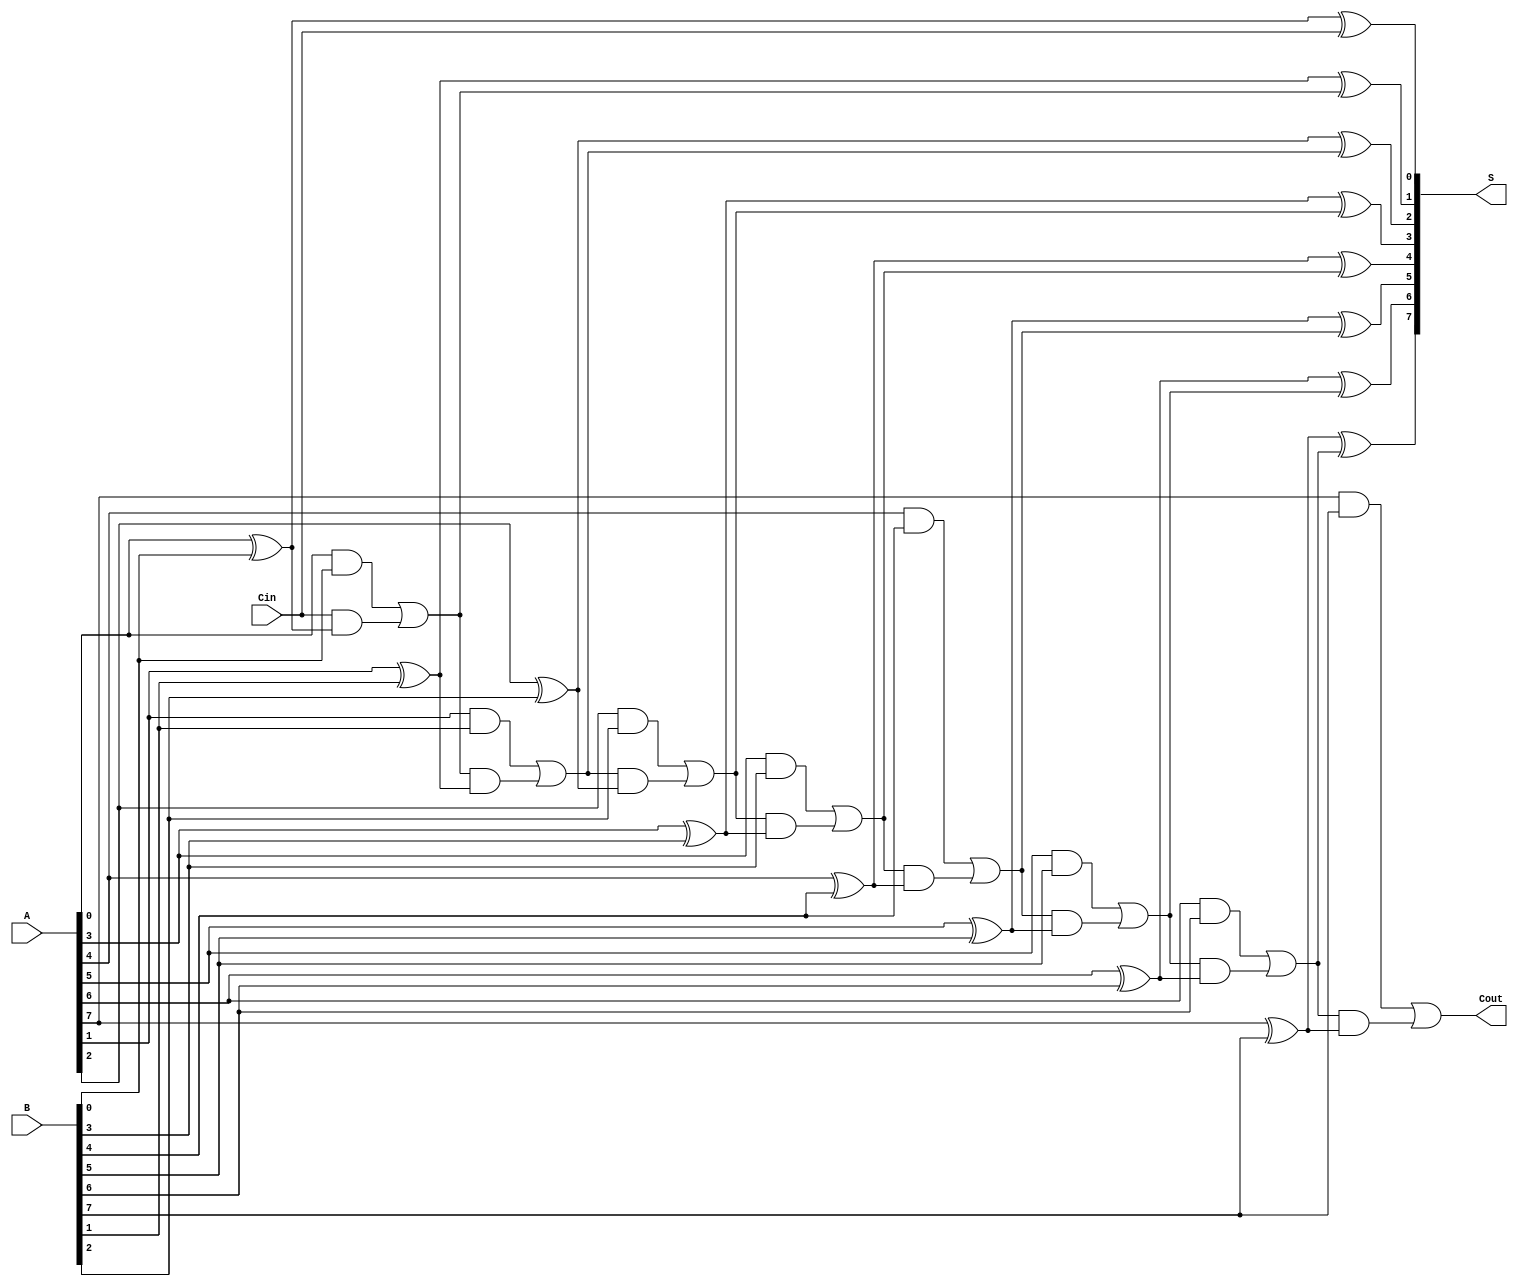
module ManchesterCarryChainAdder #(
    parameter N = 8  // Bit-width of the adder
)(
    input  [N-1:0] A,      // First n-bit input
    input  [N-1:0] B,      // Second n-bit input
    input         Cin,      // Carry-in
    output [N-1:0] S,      // n-bit sum output
    output        Cout      // Carry-out
);

    wire [N:0] carry; // Carry signals, carry[N] is the final carry-out

    // Initial carry-in
    assign carry[0] = Cin;

    // Generate carry signals
    genvar i;
    generate
        for (i = 0; i < N; i = i + 1) begin : carry_gen
            wire a_bit = A[i];
            wire b_bit = B[i];
            wire c_in = carry[i];

            // Carry generation logic
            assign carry[i + 1] = (a_bit & b_bit) | (c_in & (a_bit ^ b_bit));
        end
    endgenerate

    // Sum calculation
    generate
        for (i = 0; i < N; i = i + 1) begin : sum_calc
            wire a_bit = A[i];
            wire b_bit = B[i];
            wire c_in = carry[i];

            // Sum calculation using XOR
            assign S[i] = a_bit ^ b_bit ^ c_in;
        end
    endgenerate

    // Final carry-out
    assign Cout = carry[N];

endmodule